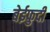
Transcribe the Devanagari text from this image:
बेईफुदी